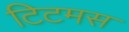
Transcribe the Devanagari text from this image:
टिटमस